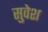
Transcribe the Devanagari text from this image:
सुवेश